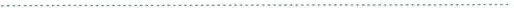
…………